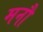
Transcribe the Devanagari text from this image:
मनौ